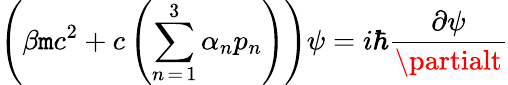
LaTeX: \left(\beta\mathtt{m}c^{2}+c\left(\sum_{n\mathop{=}1}^{3}\alpha_{n}p_{n}\right)\right)\psi=i\hbar{\frac{{\partial\psi}}{{\partialt}}}